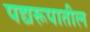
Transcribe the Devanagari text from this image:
पद्यरूपातील